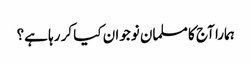
ہمارا آج کا مسلمان نوجوان کیا کر رہا ہے؟